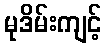
မုဒိမ်းကျင့်